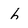
Character: h